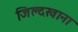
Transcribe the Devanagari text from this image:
जिल्दखाना